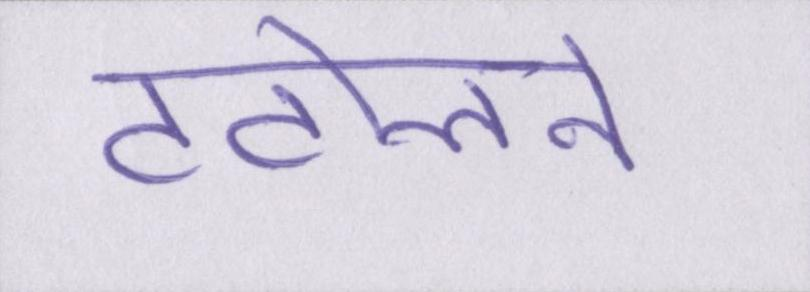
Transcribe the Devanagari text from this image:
टटोलने